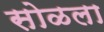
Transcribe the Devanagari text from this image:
सोळला